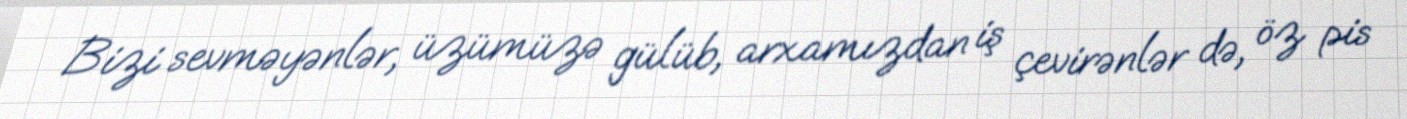
Bizi sevməyənlər, üzümüzə gülüb, arxamızdan iş çevirənlər də, öz pis